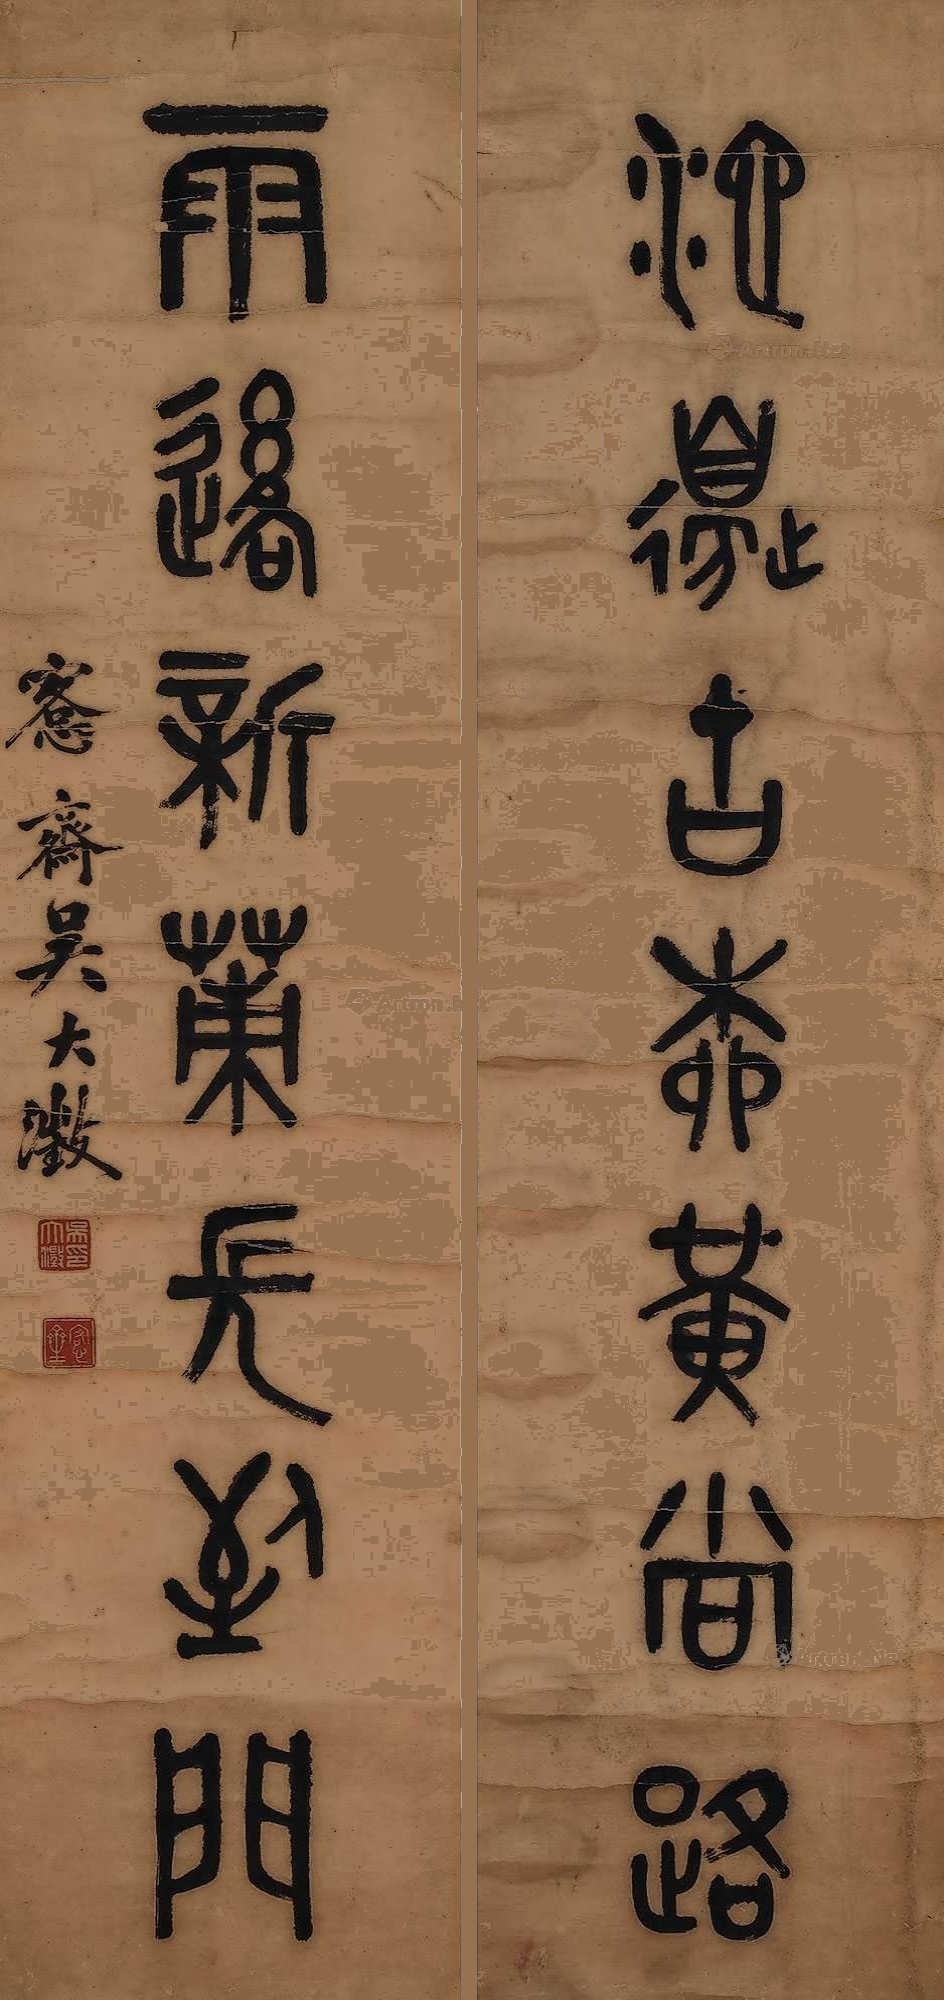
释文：池边古柳横当路，雨后新蒲长到门。愙斋吴大澂。